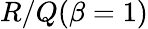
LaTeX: R/Q(\beta=1)